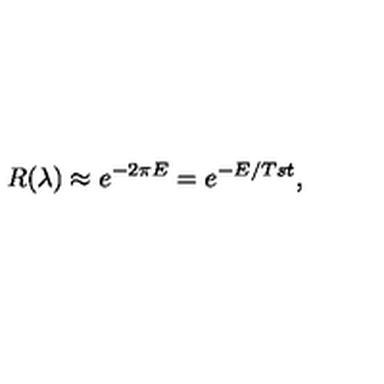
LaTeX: R ( \lambda ) \approx e ^ { - 2 \pi E } = e ^ { - E / T s t } ,